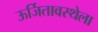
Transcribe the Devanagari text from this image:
ऊर्जितावस्थेला